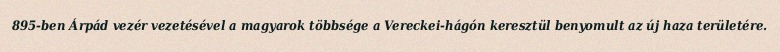
895-ben Árpád vezér vezetésével a magyarok többsége a Vereckei-hágón keresztül benyomult az új haza területére.